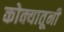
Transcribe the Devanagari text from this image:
कोक्यातूनी